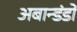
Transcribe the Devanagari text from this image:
अबान्डंडो